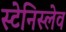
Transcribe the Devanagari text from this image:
स्टेनिस्लेव